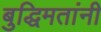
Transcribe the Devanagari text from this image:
बुद्धिमतांनी